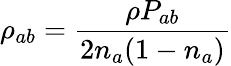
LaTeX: \rho_{ab}=\frac{\rho P_{ab}}{2n_{a}(1-n_{a})}